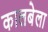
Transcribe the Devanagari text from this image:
कालबेला